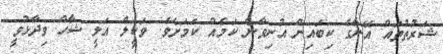
ޝަރުތުތައް އޭނާގެ ކިބައިން އުނިވާނެ ކަމެއް ކަމަށެވެ. ވަކީލް އަލީ ޝާހް ވިދާޅުވީ